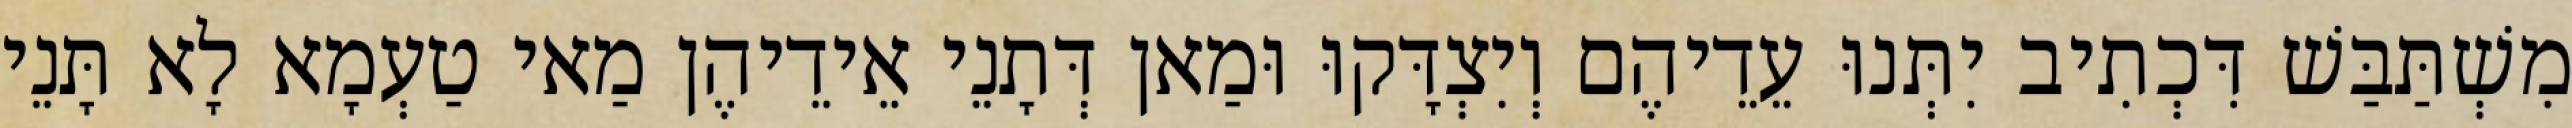
מִשְׁתַּבַּשׁ דִּכְתִיב יִתְּנוּ עֵדֵיהֶם וְיִצְדָּקוּ וּמַאן דְּתָנֵי אֵידֵיהֶן מַאי טַעְמָא לָא תָּנֵי